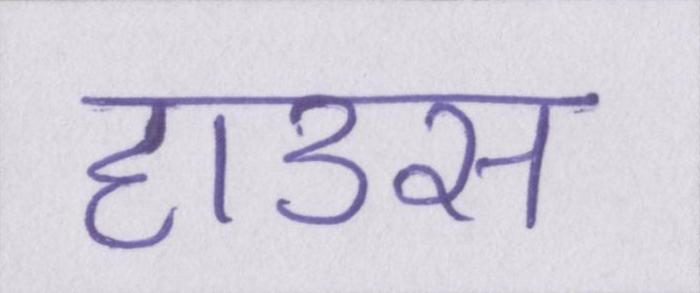
हाउस